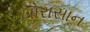
ખોરાસાન